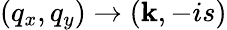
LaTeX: (q_{x},q_{y})\to(\mathbf{k},-is)